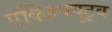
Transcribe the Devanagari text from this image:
एक्जिक्युटूव